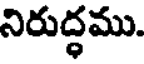
నిరుద్ధము.